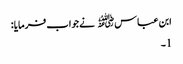
ابن عباس﷜ نےجواب فرمایا :
1۔